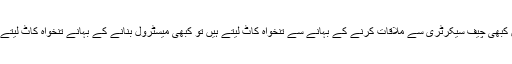
یونین کبھی چیف سیکرٹری سے ملاقات کرنے کے بہانے سے تنخواہ کاٹ لیتے ہیں تو کبھی میسٹرول بنانے کے بہانے تنخواہ کاٹ لیتے ہیں ۔